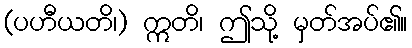
(ပဟီယတိ၊) ဣတိ၊ ဤသို့ မှတ်အပ်၏။